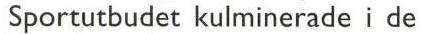
Sportutbudet kulminerade i de